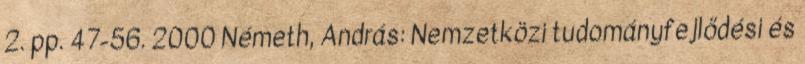
2. pp. 47-56. 2000 Németh, András: Nemzetközi tudományfejlődési és